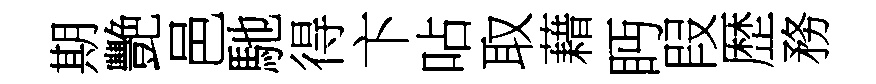
期艷邑馳得卞呫取藉眄叚歴務